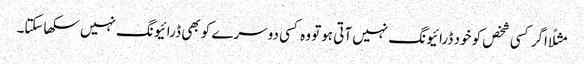
مثلًا اگر کسی شخص کو خود ڈرائیونگ نہیں آتی ہوتو وہ کسی دوسرے کو بھی ڈرائیونگ نہیں سکھاسکتا۔